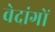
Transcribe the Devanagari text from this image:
वेदांगाें